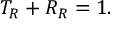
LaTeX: T _ { R } + R _ { R } = 1 .